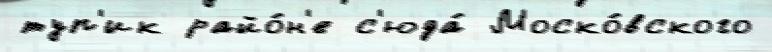
туп'ик райо́н'е с'юда́ Моско́вского